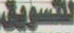
للتسويق